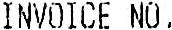
INVOICE NO.